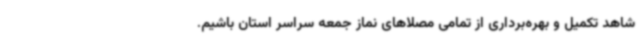
شاهد تکمیل و بهره‌برداری از تمامی مصلاهای نماز جمعه سراسر استان باشیم.